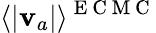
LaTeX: \langle|\mathbf{v}_{a}|\rangle^{\mathrm{~E~C~M~C~}}